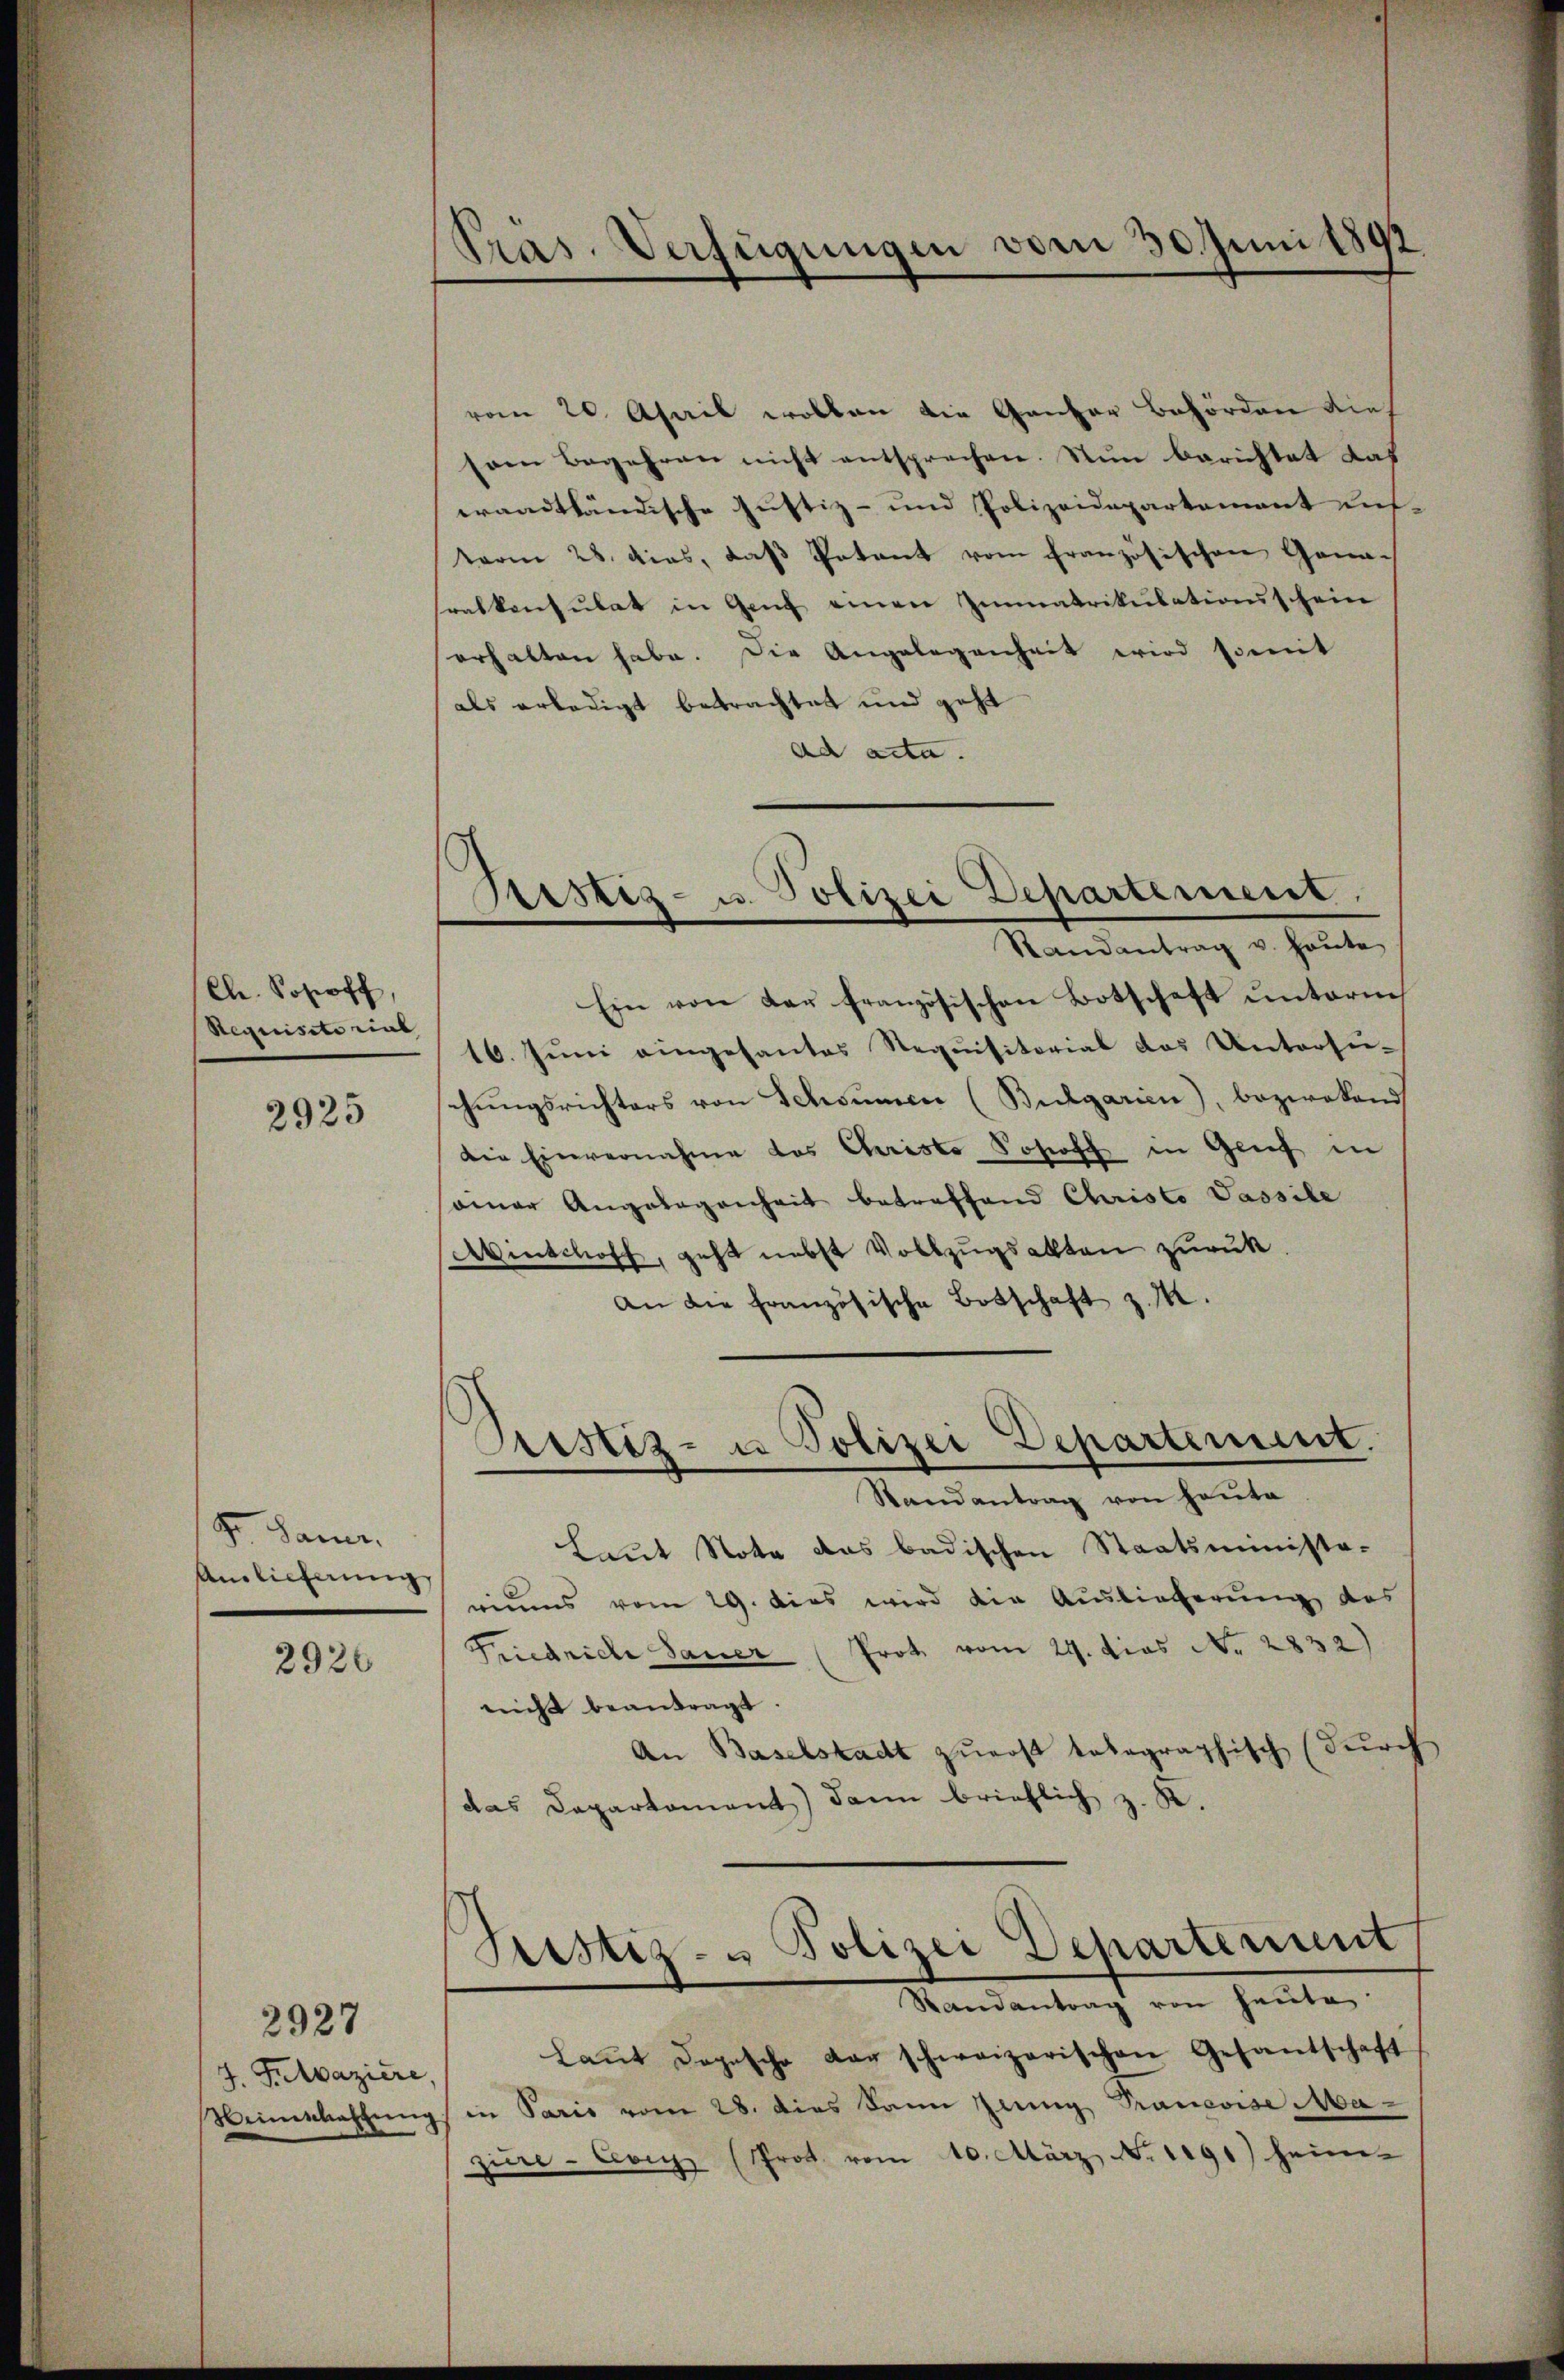
Cle. Soloff,
Requisitorial

2925

Sr. Dame.
Ainlicherung

2920

4. Felpaziere,
Weinschaffung

Präs. Verfügungen vom 30. Juni 1892

vom 20. April wollen die Ganzer Behörden dies
som Begehren nicht entsprechen. Nun berichtet das
wraadtländische Justiz- und Polizeidepartement uns
term 28. dies, daß Petent vom französischen Gana-
ralkonsulat in Genf einen Immatrikulationsschein
erhalten habe. Die Angelegenheit wird somit
als erledigt betrachtet und geht
ad acta.
Randantrag u. haute
Ein von der französischen Botschaft ŭnterne
16. Juni eingesantes Requisitorial das Untersu-
chŭngsrichters von Schoumen (Bulgarien), bezwakand
die Einvernahme des Christe Johoff in Genf in
ainer Angelegenheit betreffend Christo Passile
Winschoff, geht nebst Vollzugsalten zurück.
An die französische Botschaft z. M.
Randantrag von heute
Laut Note das badischen Staatsminista-
riums vom 29. dies wird die Auslieferung des
Friedriche Sauer (Prot vom 29. Mias Nr. 2832)
nicht beantragt.
An Baselstadt zuerst telegraphisch (durch
das Departement) dann brieflich z. K.
Randantrag von heute.
kaṅt dopesche dar schweizerischen Gesandschaft
in Paris vom 28. dies kann Jenny Pranevise Mazüre-Corps (Prot vom 10. März No. 1191) heim

Sistiz- u. Polizei Departement.

Pristiz- u Polizei Departement.

Geistiz- u Polizei Departement